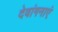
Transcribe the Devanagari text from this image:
देवांगनाएं